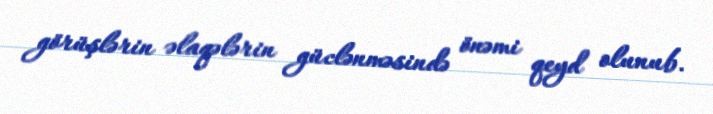
görüşlərin əlaqələrin güclənməsində önəmi qeyd olunub.